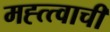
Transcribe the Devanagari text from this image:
मह्त्त्वाची